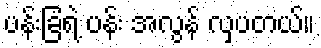
ပန်းခြံရဲ့ ပန်း အလွန် လှပတယ်။